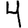
Digit: 4